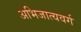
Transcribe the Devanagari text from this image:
अभिजात्यवर्ग